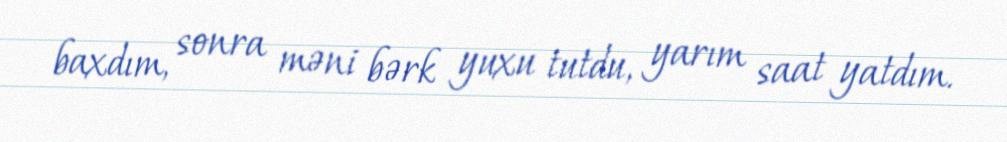
baxdım, sonra məni bərk yuxu tutdu, yarım saat yatdım.